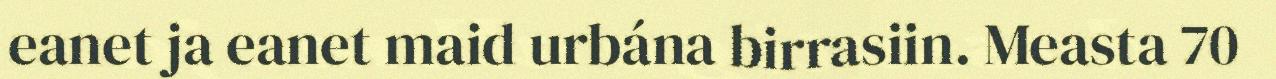
eanet ja eanet maid urbána birrasiin. Measta 70